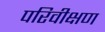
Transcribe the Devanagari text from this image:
परिवीक्षण